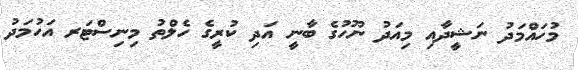
މުހައްމަދު ނަޝީދާއި މިއަދު ނޫހުގެ ބާނީ އަދި ކުރީގެ ހެލްތު މިނިސްޓަރ އަހުމަދު